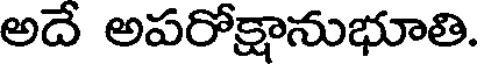
అదే అపరోక్షానుభూతి.